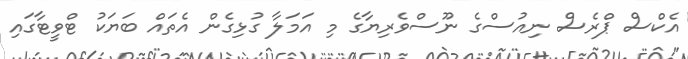
އެކްސް ޕްރެސް ނިއުސްގެ ނޫސްވެރިޔާގެ މި އަމަލާ ގުޅިގެން އެތައް ބަޔަކު ޓްވީޓާގައި